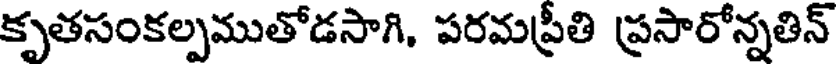
కృతసంకల్పముతోడసాగి, పరమప్రీతి ప్రసారోన్నతిన్